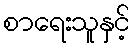
စာရေးသူနှင့်